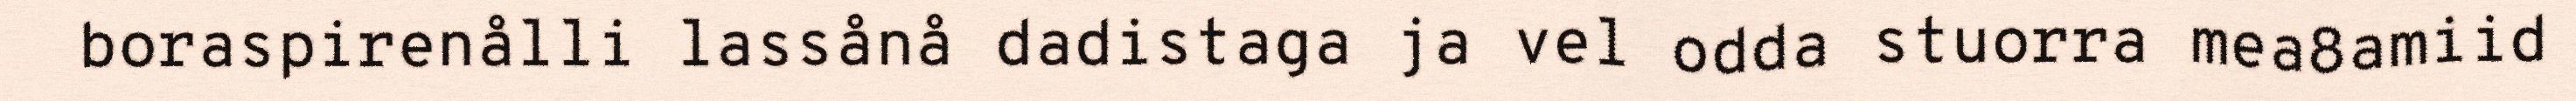
boraspirenålli lassånå dadistaga ja vel odda stuorra mea8amiid